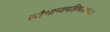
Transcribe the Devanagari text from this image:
सौभाग्यमहिमा॥१६॥